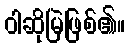
ဝါဆိုမြဲဖြစ်၏။